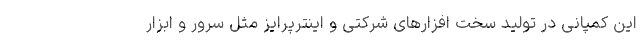
این کمپانی در تولید سخت افزار‌های شرکتی و اینترپرایز مثل سرور و ابزار